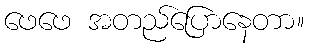
ဖေဖေ အတည်ပြောနေတာ။